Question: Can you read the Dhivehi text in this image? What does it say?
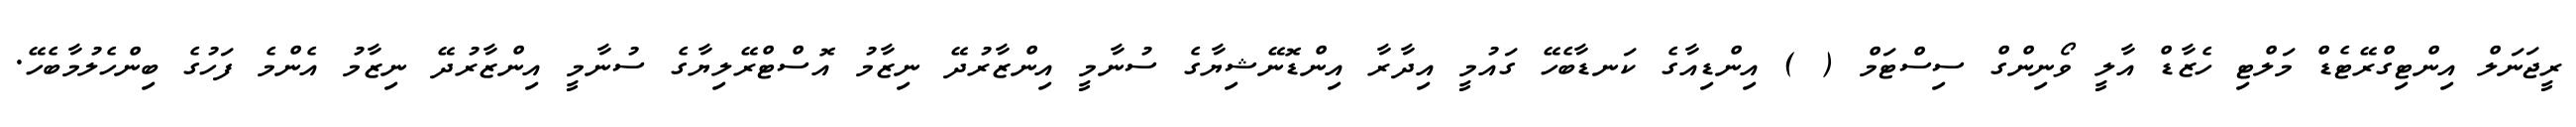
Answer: ރީޖަނަލް އިންޓިގްރޭޓެޑް މަލްޓި ހެޒާޑް އާލީ ވޯނިންގް ސިސްޓަމް ( ) އިންޑިއާގެ ކަނޑާބެހޭ ގައުމީ އިދާރާ އިންޑޮނޭޝިޔާގެ ސުނާމީ އިންޒާރުދޭ ނިޒާމު އޮސްޓްރޭލިޔާގެ ސުނާމީ އިންޒާރުދޭ ނިޒާމު އެންމެ ފަހުގެ ބިންހެލުމާބެހޭ.